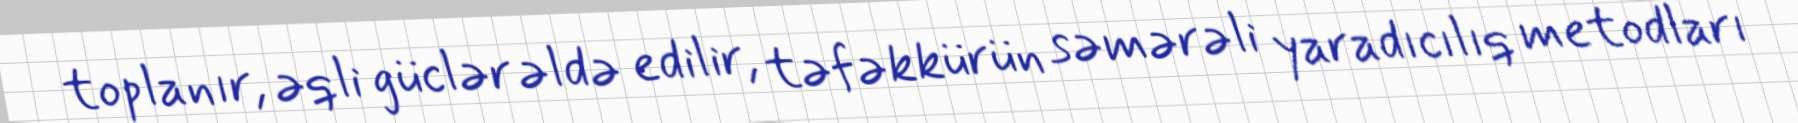
toplanır, əqli güclər əldə edilir, təfəkkürün səmərəli yaradıcılıq metodları